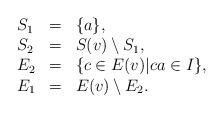
LaTeX: \begin{align*}\begin{array}{lll} S_1 & = & \{ a\}, \\ S_2 &=& S(v) \setminus S_1, \\E_2 &=& \{ c \in E(v) \vert ca \in I \}, \\E_1 &=& E(v) \setminus E_2. \end{array}\end{align*}